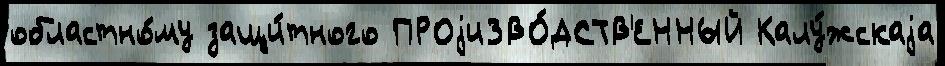
областно́му защи́тного ПРОjиЗВО́ДСТВ'ЕННЫЙ Калу́жскаjа